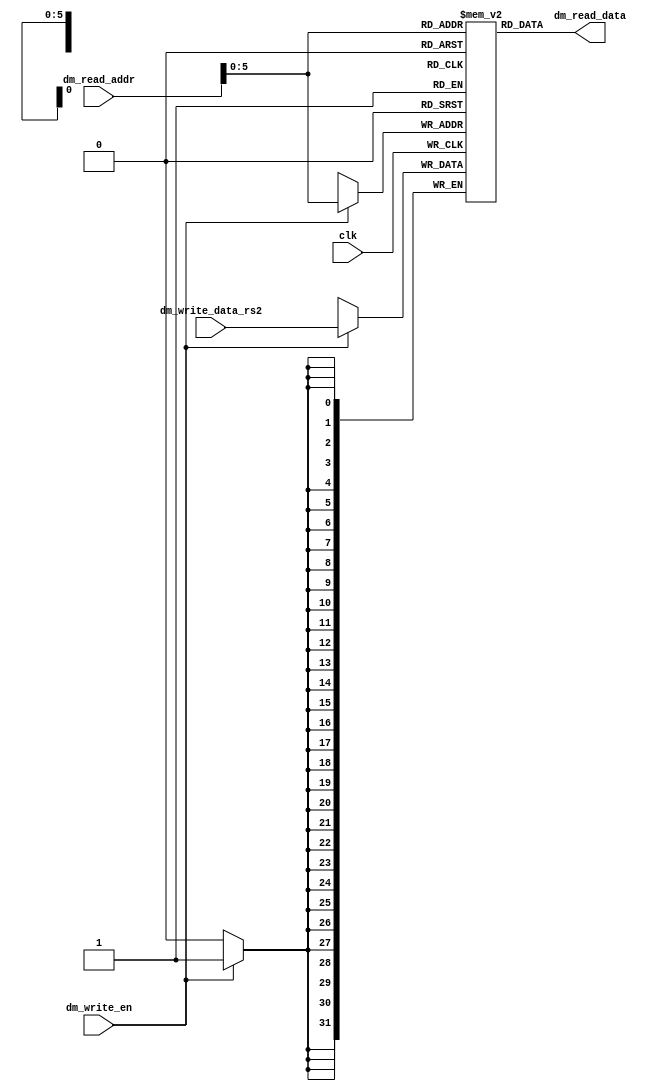
module DataMem(
input [31:0] dm_read_addr,
input [31:0] dm_write_data_rs2,
input dm_write_en,
input clk,
output reg [31:0] dm_read_data
);

//define the memory size in bytes
`define MEM_SIZE 256

//define the number of rows and columns in the array
`define ROWS (`MEM_SIZE / 4)

reg [31:0] memory [`ROWS - 1:0];
wire [5:0] ram_addr = dm_read_addr[5:0];
integer i;

//initializing all locations to be 8, for testing purposes
initial 
begin
 for(i=0;i<63;i=i+1)
   begin memory[i] = 32'd0; end


memory[8] = 32'd10;
memory[9] = 32'd3;
memory[10] = 32'd7;
memory[11] = 32'd21;
memory[12] = 32'd25;
memory[13] = 32'd29;
memory[14] = 32'd11;
memory[15] = 32'd17;
memory[16] = 32'd23;
memory[17] = 32'd32;
memory[18] = 32'd1;

end



always @(posedge clk) begin 
  if (dm_write_en)
   memory[ram_addr] <= dm_write_data_rs2;
 end 

always@(*)
dm_read_data = memory[ram_addr];

endmodule